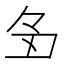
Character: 𬻑